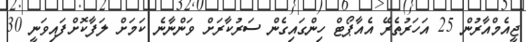
ޖީއެމްއާރުން 25 އަހަރުތެރޭ އެއާޕޯޓް ހިންގައިގެން ސަރުކާރަށް ވަންނާނެ ކަމަށް ލަފާކޮށްފައިވަނީ 30